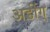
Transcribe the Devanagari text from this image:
अडींग्